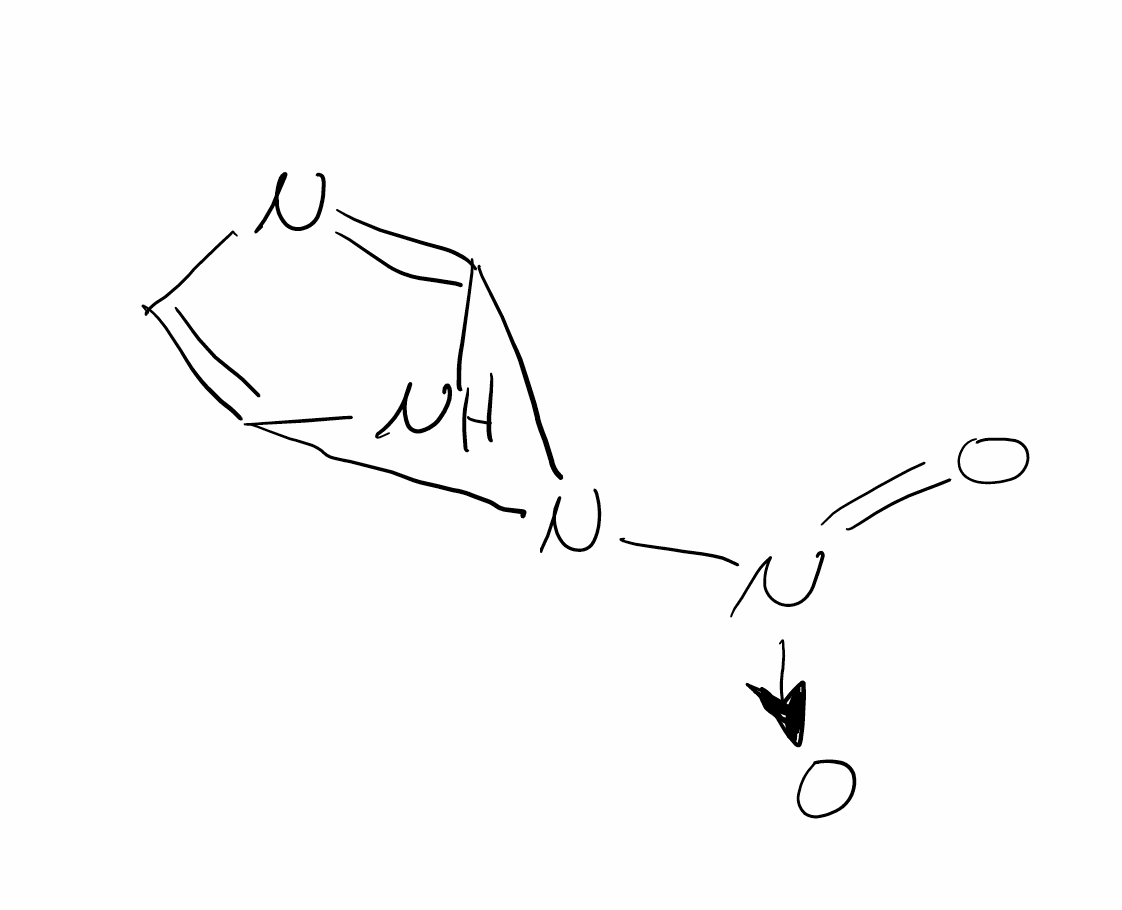
Simplified molecular-input line-entry system (SMILES) notation of the given molecule:
C1=C2NC(=N1)N2[N+](=O)[O-]